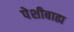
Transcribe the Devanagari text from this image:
पेशीबाह्य